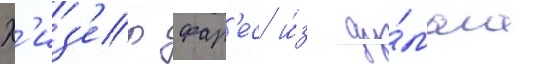
Х'из'ер фар'ес и́з ду́мала